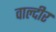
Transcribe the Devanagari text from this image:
वाल्दीर